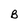
Character: B